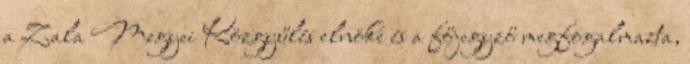
a Zala Megyei Közgyűlés elnöke és a főjegyző megfogalmazta,